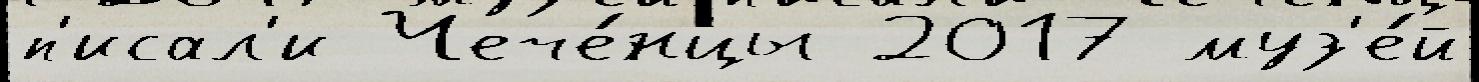
п'исал'и Чече́нцы 2017 муз'е́й